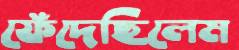
ফেঁদেছিলেম